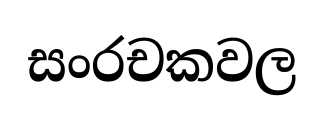
සංරචකවල